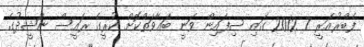
ފެބްރުއަރީ 7 2012 ގައި ސިފައިން ވަނީ ބަޣާވަތްކޮށް ކުރީގެ ރައީސް ނަޝީދުގެ